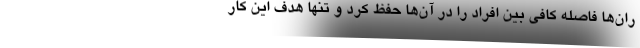
ران‌ها فاصله کافی بین افراد را در آن‌ها حفظ کرد و تنها هدف این کار